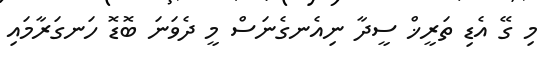
މި ގޭ އެޑި ތަރީޚް ސީދާ ނިއެނގެނަސް މީ ދެވަނަ ބޮޑޮ ހަނގަރާމައި